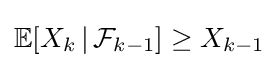
\mathbb {E} [X_{k}\,|\,{\mathcal {F}}_{k-1}]\geq X_{k-1}